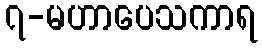
၇-မဟာပေသကာရ